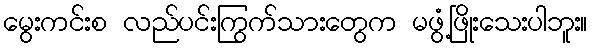
မွေးကင်းစ လည်ပင်းကြွက်သားတွေက မဖွံ့ဖြိုးသေးပါဘူး။